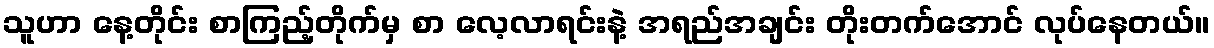
သူဟာ နေ့တိုင်း စာကြည့်တိုက်မှ စာ လေ့လာရင်းနဲ့ အရည်အချင်း တိုးတက်အောင် လုပ်နေတယ်။